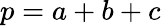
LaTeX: p=a+b+c